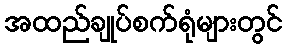
အထည်ချုပ်စက်ရုံများတွင်